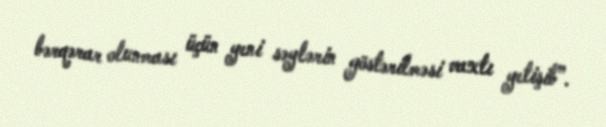
bərqərar olunması üçün yeni səylərin göstərilməsi vaxtı yetişib”.